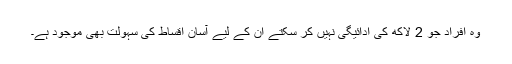
وہ افراد جو 2 لاکھ کی ادائیگی نہیں کر سکتے ان کے لیے آسان اقساط کی سہولت بھی موجود ہے۔